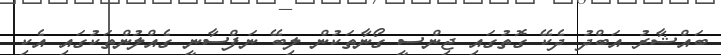
ބައްޝާރު އަބްދު ދެކޭ ގޮތުގައި ޖިންސީ ގޯނާތަކުން ލިބޭ ނަފްސާނީ ގެއްލުންތަކުގައި އެކި